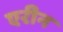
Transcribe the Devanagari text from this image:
एरीन